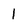
Character: 1